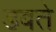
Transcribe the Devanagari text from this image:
डबते